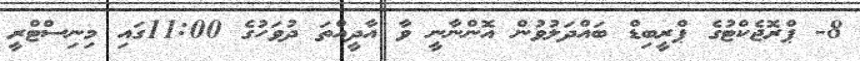
8- ޕްރޮޖެކްޓުގެ ޕްރީބިޑް ބައްދަލުވުން އޮންނާނީ ވާ އާދީއްތަ ދުވަހުގެ 11:00ގައި މިނިސްޓްރީ